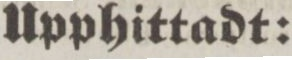
Upphittadt: